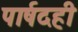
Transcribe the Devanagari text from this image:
पार्षदही